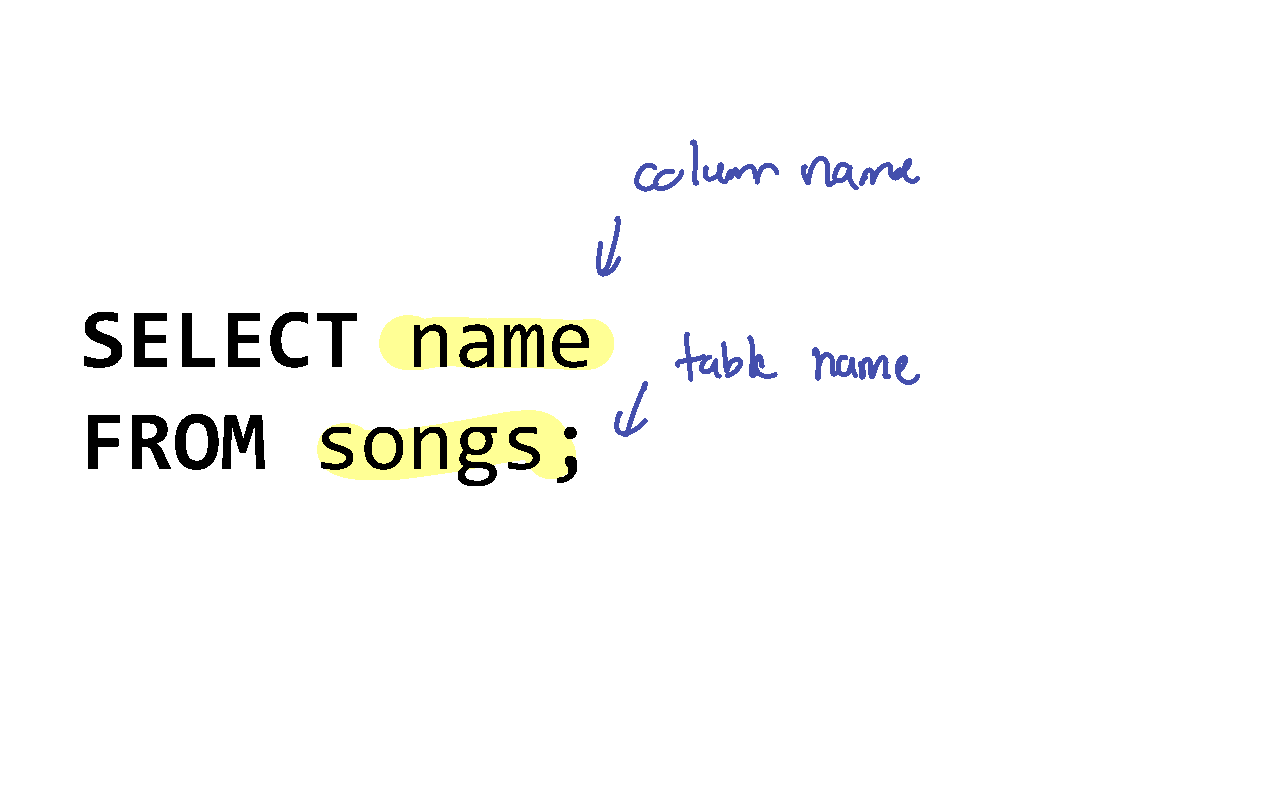
SELECT                name
 FROM            songs;